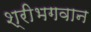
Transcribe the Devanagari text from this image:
श्रीभगवान